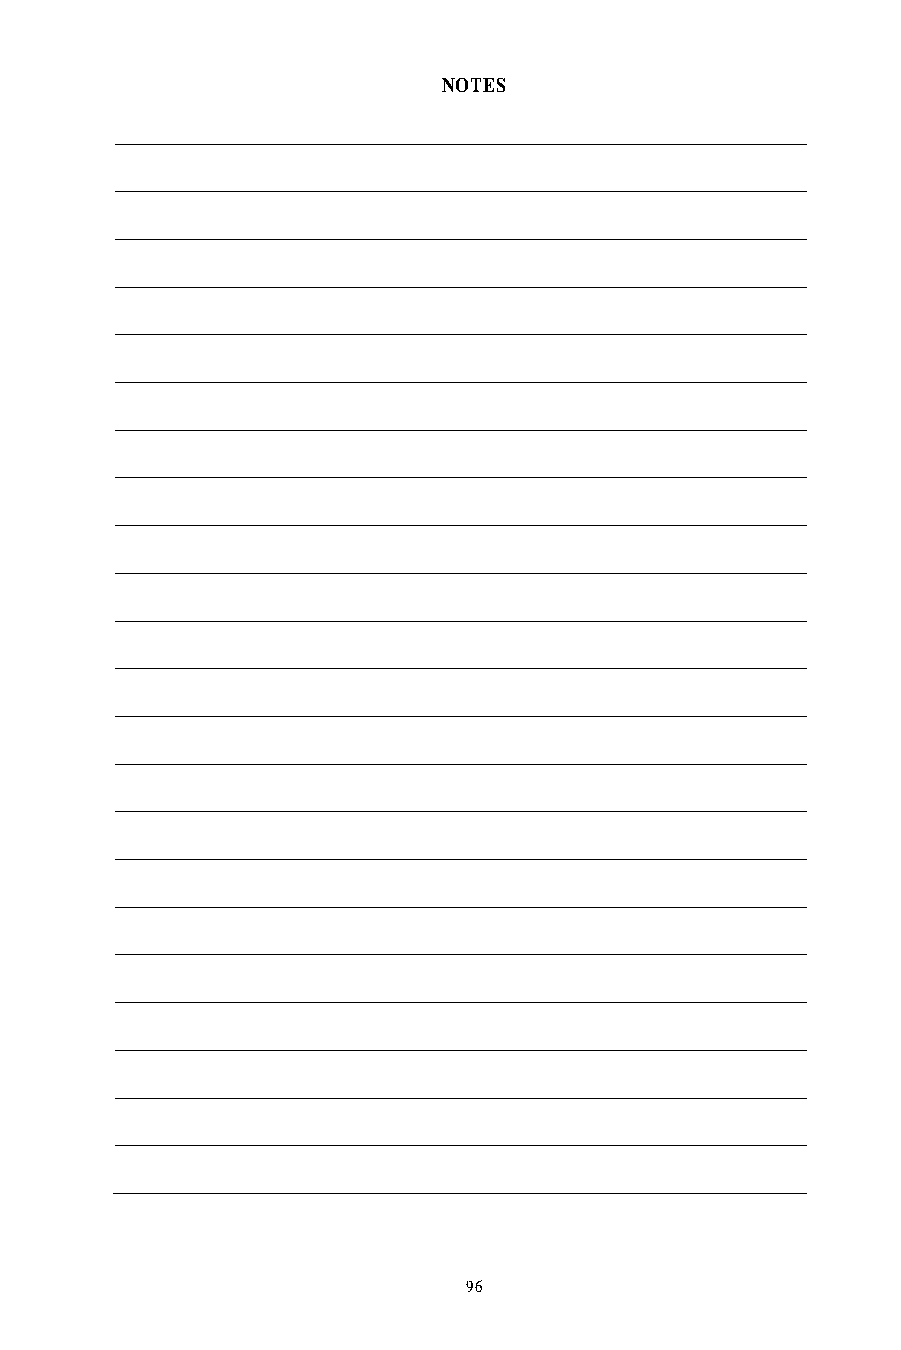
NOTES
 ARTICLE 9
 OCCUPATIONAL SAFETY AND HEALTH
 Section 9.01 Safety is a mutual concern to the Companies and the Union. The
 Companies and the Union recognize and appreciate that a healthy and safe work
 environment is in the best interests of the parties and encourage the involvement
 and participation of employees/Union members in safety and health activities. In
 order to accomplish this goal, the parties agree to the following:
 A. Pacific Bell and Nevada Bell will each establish with the Union a separate
 Joint Committee on Occupational Safety and Health (JCOSH). Each
 JCOSH shall consist of three (3) Union appointed representatives and three
 (3) Company appointed representatives. The JCOSHs shall be established
 within thirty (30) days after the ratification of this Contract. Each JCOSH
 shall:
 1. Consider and examine appropriate suggestions from the Union and/or
 Company which would enhance ongoing health and safety programs.
 2. Make recommendations on health and safety issues to the
 Company/Union Bargainers, including recommendations on such
 subjects as surveys and studies. The JCOSH does not have the
 authority to formulate policy nor enter into agreements on subjects
 which require collective bargaining. The JCOSH is, however,
 encouraged to make recommendations to Company officials
 responsible for health and safety matters, who may in turn authorize
 the JCOSH to implement recommendations, if appropriate.
 3. Facilitate management and union discussion on local and statewide
 safety issues by encouraging open and forthright discussions at the
 Business Unit level. Local and statewide health and safety
 committees shall keep the JCOSH informed and work with the JCOSH
 on issues of mutual concern.
 4. Meet at least quarterly; however, more frequent meetings may be held
 by mutual consent of the members of the JCOSH. Minutes of each
 JCOSH meeting shall be prepared and distributed as determined by
 the Company and Union bargaining spokespersons.
 B. Employees of the Companies who are members of the JCOSHs will be paid
 for all meetings in accordance with the provisions of Section 3.02 of this
 Contract.
 96                                                     97